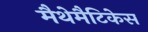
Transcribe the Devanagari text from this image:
मैथेमैटिकेस